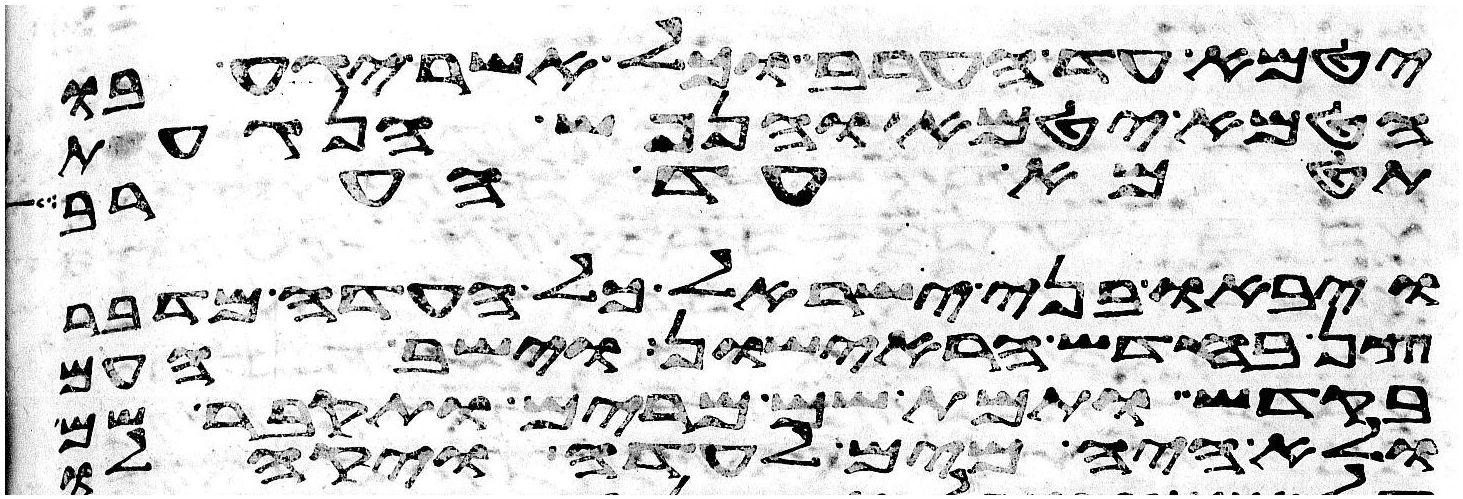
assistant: יטמא עד הערב וכל אשר יגע בו
הטמא יטמא והנפש הנגעת
תטמא עד הערב
ויבאו בני ישראל כל העדה מדבר
צן בחדש הראישון וישב העם
בקדש ותמת שם מרים ותקבר שם
ולא היה מים לעדה ויקהלו